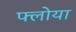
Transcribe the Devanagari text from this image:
फ्लोया